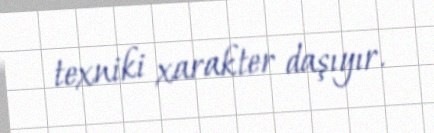
texniki xarakter daşıyır.